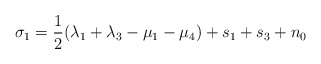
\begin{align*}\sigma_1=\frac{1}{2}(\lambda_1+\lambda_3-\mu_1-\mu_4)+s_1+s_3+n_0\end{align*}